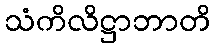
သံကိလိဋ္ဌာဘာတိ